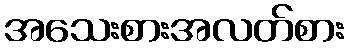
အသေးစားအလတ်စား